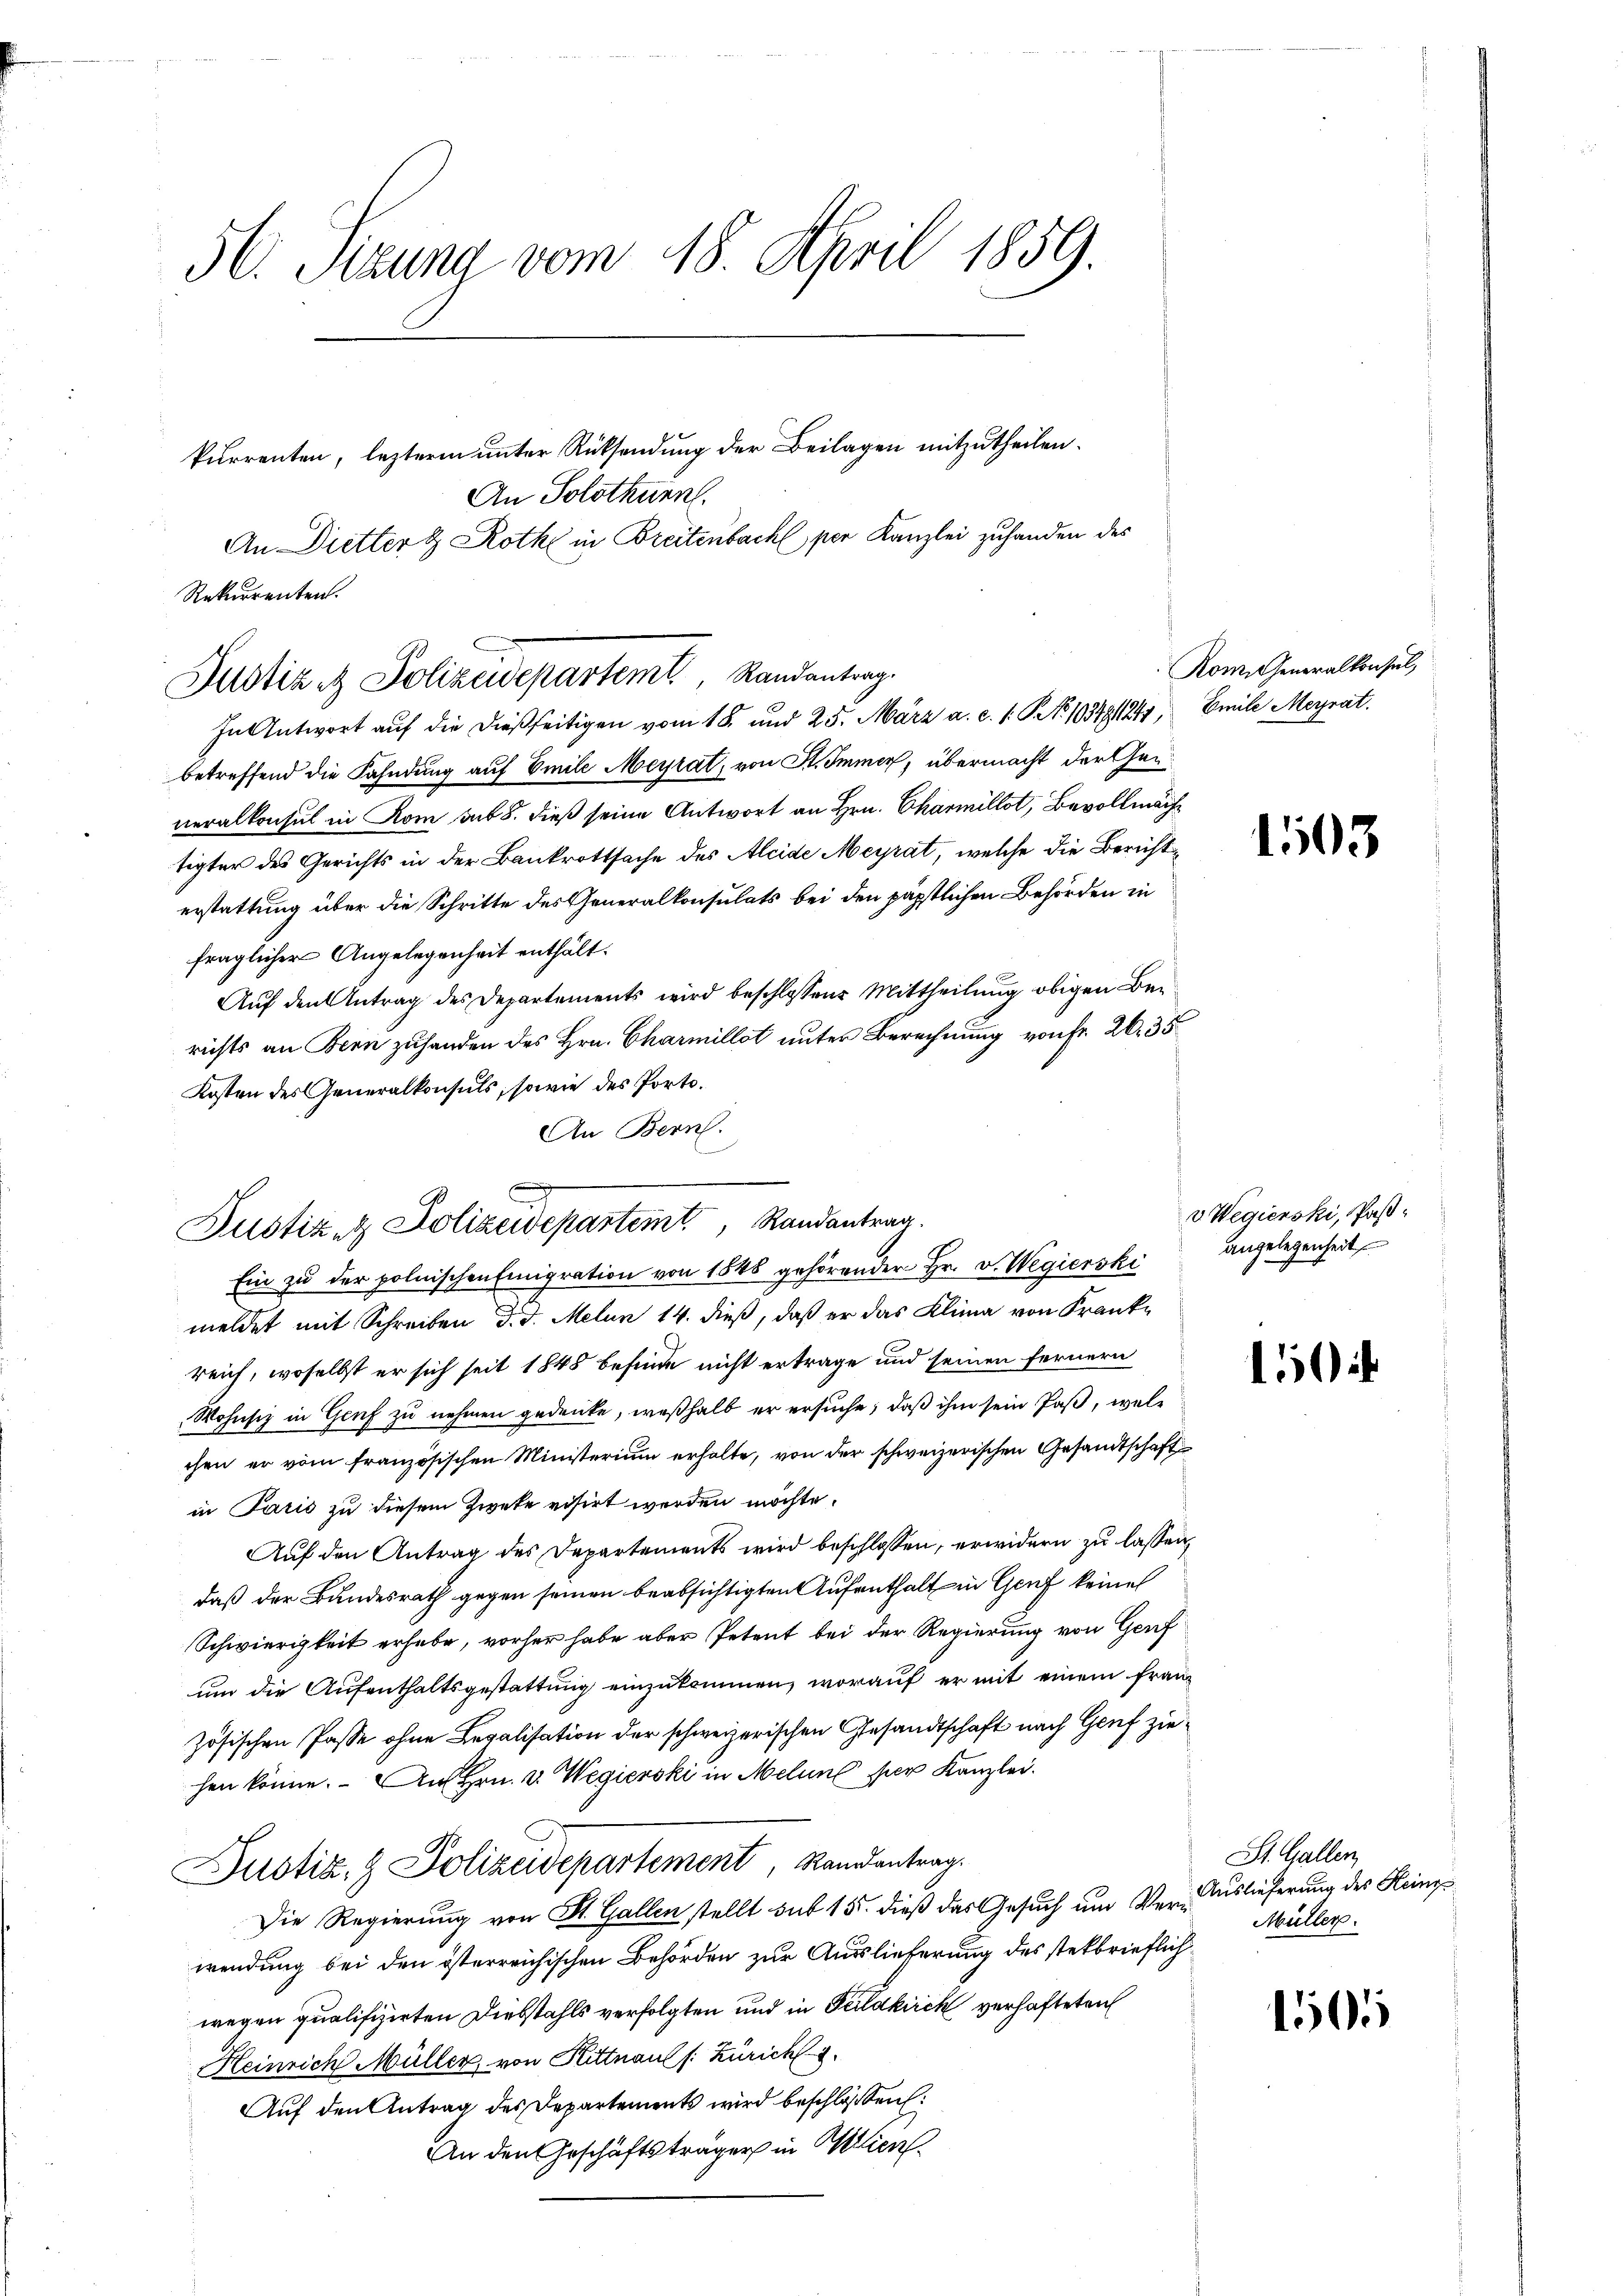
56. Sizung vom 18. April 1859.

kurrenten, lezteren unter Rücksendung der Beilagen mitzutheilen.
An Solothurn.
In Antwort auf die dießseitigen vom 18. und 25. März a. c. s. S. 103481241, Emile Meyrat
betreffend die Fahndung auf Emile Meyrat, von St. Immer, übermacht der Genneralkonsul in Rom sub 5. dieß seine Antwort an Hrn. Charmillot, Bevollmächtigter des Gerichts in der Bankrottsache des Aleide Meyrat, welche die Bericht
erstattung über die Schritte des Generalkonsulats bei den päpstlichen Behörden in
fraglicher Angelegenheit enthält¬
Aŭf den Antrag des Departements wird beschlossene Mittheilung obigen Be-
richts an Bern zuhanden des Hrn. Charmillet unter Berechnung von fr. 26. 35
Kosten des Generalkonsuls, sowie des Porto¬
An Bern.
s
Ein zu der polnischen Emigration von 1546 gehörender Hr. v. Wegierski
meldet mit Schreiben d. d. Melin 14. dieß, daß er das Klima von Franke
reich, woselbst er sich seit 1848 befinde nicht ertrage und seinen fernern
Wohnsiz in Genf zu nehmen gedenke, weßhalb er ersuche, daß ihm sein Paß, welchen er vom französischen Ministerium erhalte, von der schweizerischen Gesandtschaft
in Paris zu diesem Zweke visirt werden möchte.
Auf den Antrag des Departements wird beschlossen, erwidern zu lassen,
daß der Bundesrath gegen seinen beabsichtigten Aufenthalt in Genf keine
Schwierigkeit erhabe, vorher habe aber Petent bei der Regierung von Genf
um die Aufenthaltsgestattung einzukommen, worauf er mit einem fran-
zösischen Pässe ohne Legalisation der schweizerischen Gesandtschaft nach Genf ziehen könne. An Hrn. v. Wegierski in Melins per Kanzlei.
Justiz- & Polizeidepartement, Randantrag.
Die Regierung von St. Gallen stellt sub 15. dieß das Gesuch um Verwendung bei den österreichischen Behörden zur Auslieferung des stekbrieflichwegen qualifizirten Diebstahls verfolgten und in Feldkirch verhafteten
Heinrich Müller, von Kittnaul (: Zürich
Auf den Antrag des Departements wird beschlossen:
An den Geschäftsträger in Milien

Rekurrenten.
Justiz ez Polizeidepartem Randantrag.

An Dietter & Rothe in Breitenbach per Kanzlei zuhanden des

Justiz & Polizeidepartemt, Randantrag.

Rom. Generalkonsul,

1503

v Wegierski, Paßangelegenheit

10

St. Gallen,
Auslieferung des Heinz
Müller.

10